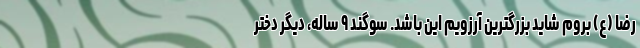
رضا (ع) بروم شاید بزرگترین آرزویم این باشد. سوگند ۹ ساله، دیگر دختر